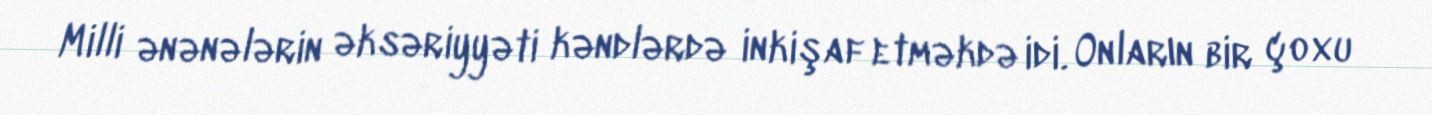
Milli ənənələrin əksəriyyəti kəndlərdə inkişaf etməkdə idi. Onların bir çoxu